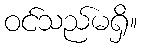
ဝင်သည်မရှိ။